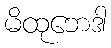
မိထုဘေဒါ